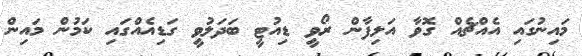
މައިނުގައި އެއްޗެއް ގޮވާ އަލިފާން ރޯވީ ޑިއުޓީ ބަދަލުވީ ގަޑިއެއްގައި ކަމުން މައިން